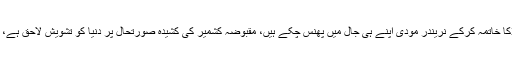
ان کا مزید کہنا تھا کہ مقبوضہ کشمیر کی صورتحال فیصلہ کن موڑ پر ہے، آرٹیکل 370کا خاتمہ کرکے نریندر مودی اپنے ہی جال میں پھنس چکے ہیں، مقبوضہ کشمیر کی کشیدہ صورتحال پر دنیا کو تشویش لاحق ہے، دنیا نے مودی کے فسطائی ہتھکنڈے اور آرایس ایس کے نازی فلسفہ کو مسترد کردیا ہے۔